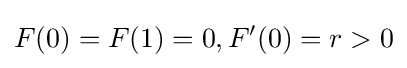
F(0)=F(1)=0,F'(0)=r>0